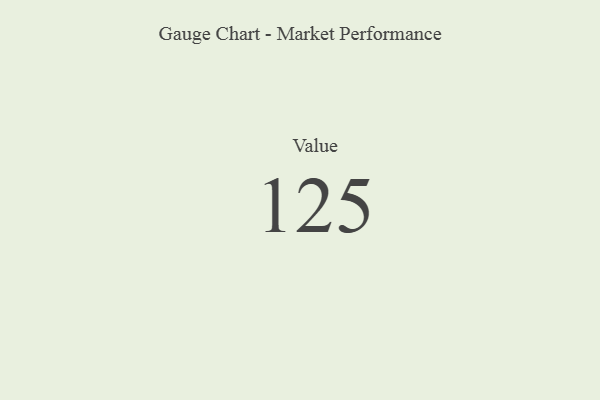
{"axis": {"x": "Metric", "y": "Value"}, "legend": [""], "data": [{"x": "Value", "y": 125, "type": ""}]}